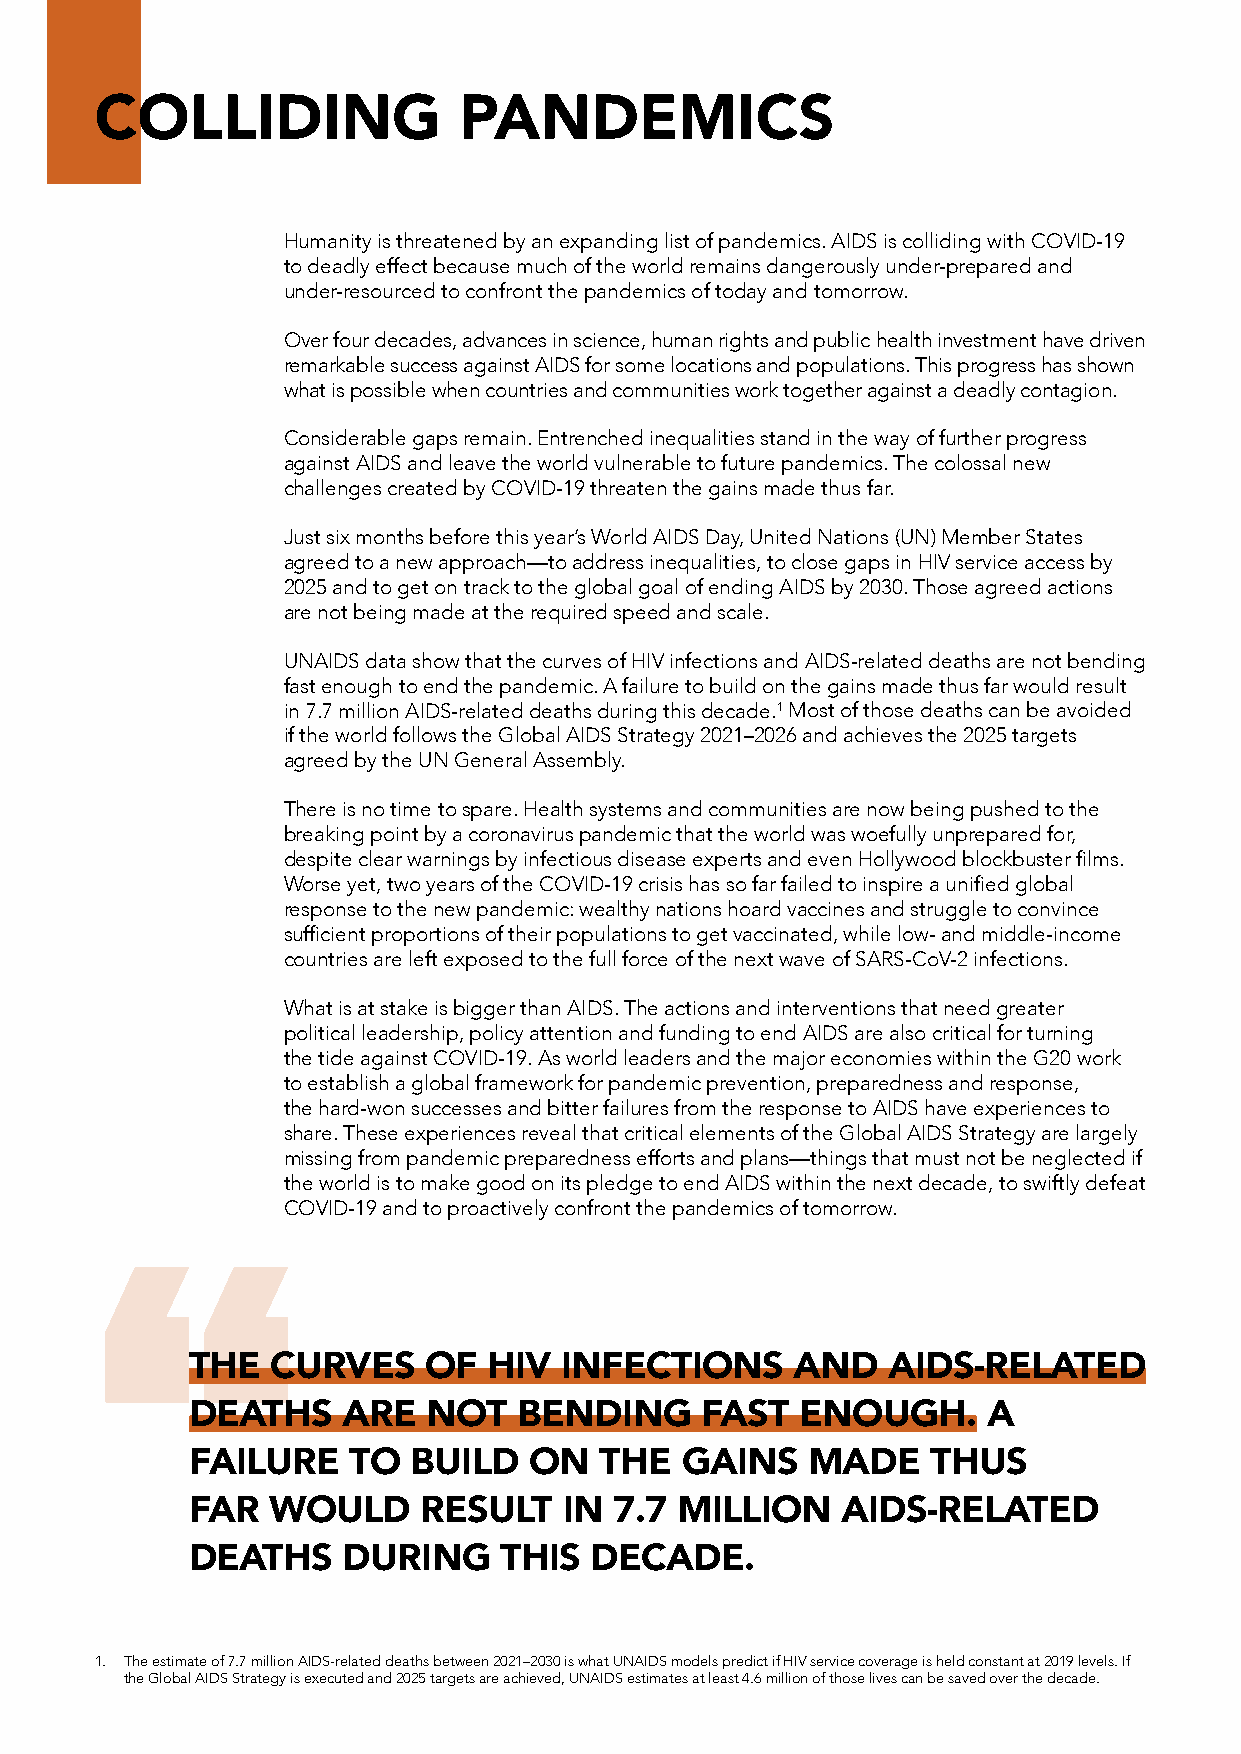
COLLIDING               PANDEMICS
 Humanity is threatened by an expanding list of pandemics. AIDS is colliding with COVID-19
 to deadly effect because much of the world remains dangerously under-prepared and
 under-resourced to confront the pandemics of today and tomorrow.
 Over four decades, advances in science, human rights and public health investment have driven
 remarkable success against AIDS for some locations and populations. This progress has shown
 what is possible when countries and communities work together against a deadly contagion.
 Considerable gaps remain. Entrenched inequalities stand in the way of further progress
 against AIDS and leave the world vulnerable to future pandemics. The colossal new
 challenges created by COVID-19 threaten the gains made thus far.
 Just six months before this year’s World AIDS Day, United Nations (UN) Member States
 agreed to a new approach—to address inequalities, to close gaps in HIV service access by
 2025 and to get on track to the global goal of ending AIDS by 2030. Those agreed actions
 are not being made at the required speed and scale.
 UNAIDS data show that the curves of HIV infections and AIDS-related deaths are not bending
 fast enough to end the pandemic. A failure to build on the gains made thus far would result
 in 7.7 million AIDS-related deaths during this decade.1 Most of those deaths can be avoided
 if the world follows the Global AIDS Strategy 2021–2026 and achieves the 2025 targets
 agreed by the UN General Assembly.
 There is no time to spare. Health systems and communities are now being pushed to the
 breaking point by a coronavirus pandemic that the world was woefully unprepared for,
 despite clear warnings by infectious disease experts and even Hollywood blockbuster films.
 Worse yet, two years of the COVID-19 crisis has so far failed to inspire a unified global
 response to the new pandemic: wealthy nations hoard vaccines and struggle to convince
 sufficient proportions of their populations to get vaccinated, while low- and middle-income
 countries are left exposed to the full force of the next wave of SARS-CoV-2 infections.
 What is at stake is bigger than AIDS. The actions and interventions that need greater
 political leadership, policy attention and funding to end AIDS are also critical for turning
 the tide against COVID-19. As world leaders and the major economies within the G20 work
 to establish a global framework for pandemic prevention, preparedness and response,
 the hard-won successes and bitter failures from the response to AIDS have experiences to
 share. These experiences reveal that critical elements of the Global AIDS Strategy are largely
 missing from pandemic preparedness efforts and plans—things that must not be neglected if
 the world is to make good on its pledge to end AIDS within the next decade, to swiftly defeat
 COVID-19 and to proactively confront the pandemics of tomorrow.
 “
 THE  CURVES    OF  HIV  INFECTIONS      AND   AIDS-RELATED
 DEATHS    ARE  NOT   BENDING     FAST   ENOUGH.     A
 FAILURE   TO  BUILD   ON   THE  GAINS   MADE     THUS
 FAR  WOULD     RESULT   IN  7.7 MILLION    AIDS-RELATED
 DEATHS    DURING    THIS  DECADE.
 1. The estimate of 7.7 million AIDS-related deaths between 2021–2030 is what UNAIDS models predict if HIV service coverage is held constant at 2019 levels. If
 the Global AIDS Strategy is executed and 2025 targets are achieved, UNAIDS estimates at least 4.6 million of those lives can be saved over the decade.